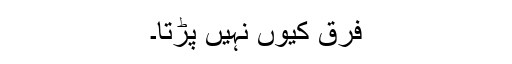
فرق کیوں نہیں پڑتا۔